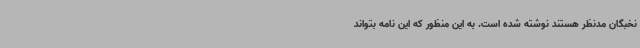
نخبگان مدنظر هستند نوشته شده است. به این منظور که این نامه بتواند